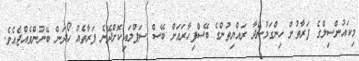
މިކައުންސިލްގެ ފަރާތުން ހިންގަމުންދާ ރައްޔިތުންގެ ބޭސްފިހާރައަށް ބޭސް ސަޕްލައިކޮށްދޭނެ ފަރާތެއް ހޯދަން ބޭނުންވެއްޖެއެވެ.